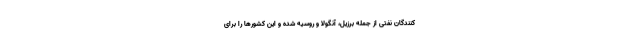
کنندگان نفتی از جمله برزیل، آنگولا و روسیه شده و این کشورها را برای